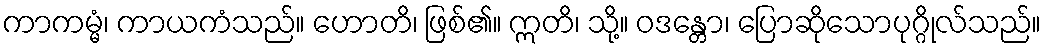
ကာကမ္မံ၊ ကာယကံသည်။ ဟောတိ၊ ဖြစ်၏။ ဣတိ၊ သို့။ ဝဒန္တော၊ ပြောဆိုသောပုဂ္ဂိုလ်သည်။